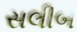
સલીબ